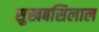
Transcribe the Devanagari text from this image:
सुखबसिलाल